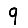
Digit: 9